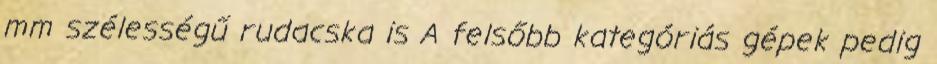
mm szélességű rudacska is A felsőbb kategóriás gépek pedig